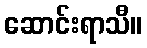
ဆောင်းရာသီ။